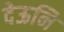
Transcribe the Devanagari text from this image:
देऊनि